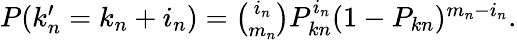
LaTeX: \begin{array}{r}{P(k_{n}^{\prime}=k_{n}+i_{n})=\binom{i_{n}}{m_{n}}P_{kn}^{i_{n}}(1-P_{kn})^{m_{n}-i_{n}}.}\end{array}